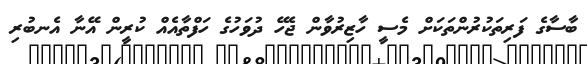
ބާސާގެ ފަރިތަކުރުންތަކަށް މެސީ ހާޒިރުވާން ޖެހޭ ދުވަހުގެ ހަފްތާއެއް ކުރީން އޭނާ އެނބުރި